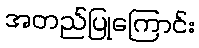
အတည်ပြုကြောင်း